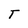
Character: T